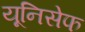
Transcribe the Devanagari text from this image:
यूनिसेेफ